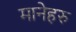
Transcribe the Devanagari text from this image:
मानेहरु